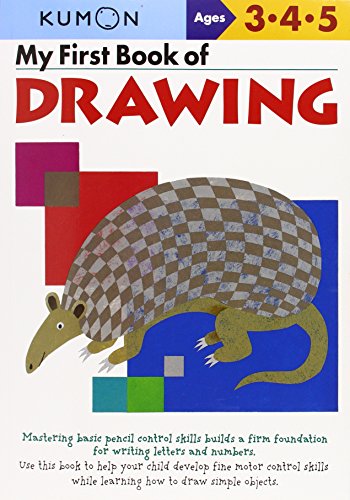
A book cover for My First Book of Drawing (Kumon Workbooks); Kumon; Children's Books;